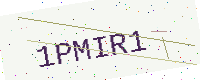
Text: 1PMIR1